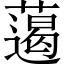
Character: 𱾨